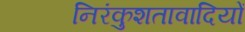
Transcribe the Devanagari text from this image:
निरंकुशतावादियों